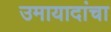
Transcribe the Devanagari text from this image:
उमायादांचा